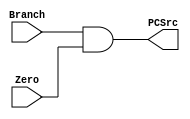
`timescale 1ns / 1ps

module BA_AND(
    input Branch,
    input Zero,
    output PCSrc
);

assign PCSrc = Branch & Zero;

endmodule